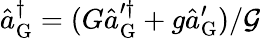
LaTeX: \hat{a}_{\mathrm{G}}^{\dagger}=(G\hat{a}_{\mathrm{G}}^{\prime\dagger}+g\hat{a}_{\mathrm{G}}^{\prime})/\mathcal{G}